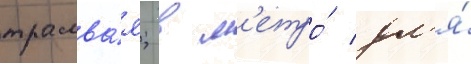
трамва́я; в м'етро́ дл'я́